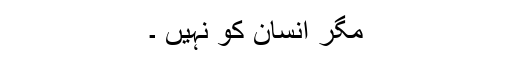
مگر انسان کو نہیں ۔